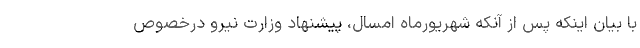
با بیان اینکه پس از آنکه شهریورماه امسال، پیشنهاد وزارت نیرو درخصوص